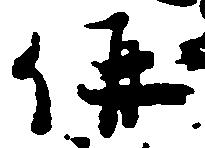
偁